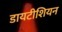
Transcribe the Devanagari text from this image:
डायटीशियन